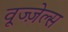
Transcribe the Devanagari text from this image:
वूज्ज़ेल्स